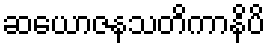
ဆယောဇနသတိကာနိပိ